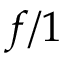
f / 1